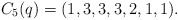
\begin{gather*}C_5(q)=(1,3,3,3,2,1,1).\end{gather*}